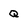
Character: q